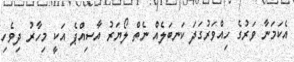
އެކަމަނާ ވަރުގެ ހިއްވަރުގަދަ ކަނބަލެއް ނެތް ލޯޔަރު އާސިއްޕެ އަކީ މިހާރު ދިވެހި